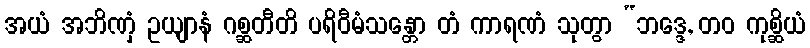
အယံ အဘိဏှံ ဥယျာနံ ဂစ္ဆတီတိ ပရိဝီမံသန္တော တံ ကာရဏံ သုတွာ “ဘဒ္ဒေ, တဝ ကုစ္ဆိယံ